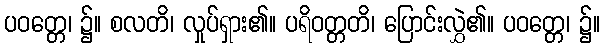
ပဝတ္တေ၊ ၌။ စလတိ၊ လှုပ်ရှား၏။ ပရိဝတ္တတိ၊ ပြောင်းလွှဲ၏။ ပဝတ္တေ၊ ၌။